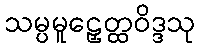
သမ္ပမူဠှေတ္ထဝိဒ္ဒသု